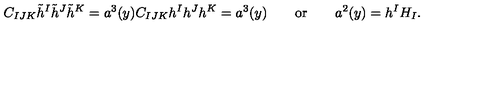
C _ { I J K } \tilde { h } ^ { I } \tilde { h } ^ { J } \tilde { h } ^ { K } = a ^ { 3 } ( y ) C _ { I J K } h ^ { I } h ^ { J } h ^ { K } = a ^ { 3 } ( y ) \qquad \mathrm { o r } \qquad a ^ { 2 } ( y ) = h ^ { I } H _ { I } .